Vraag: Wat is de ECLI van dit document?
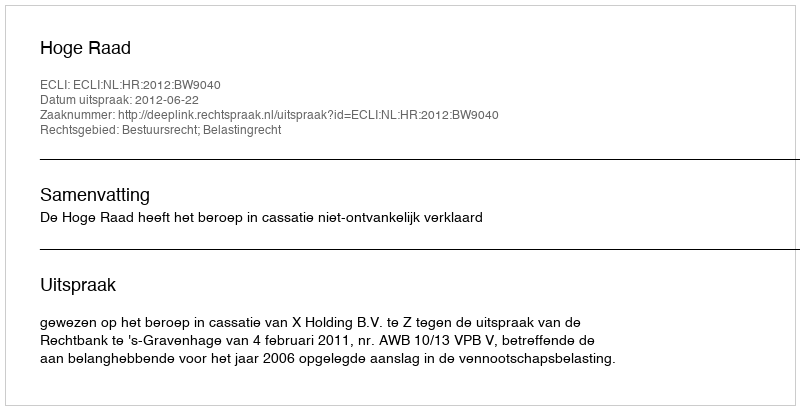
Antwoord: ECLI:NL:HR:2012:BW9040